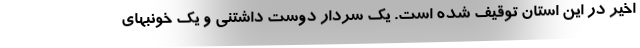
اخیر در این استان توقیف شده است. یک سردار دوست داشتنی و یک خونبهای